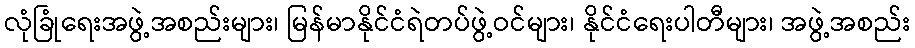
လုံခြုံရေးအဖွဲ့အစည်းများ၊ မြန်မာနိုင်ငံရဲတပ်ဖွဲ့ဝင်များ၊ နိုင်ငံရေးပါတီများ၊ အဖွဲ့အစည်း